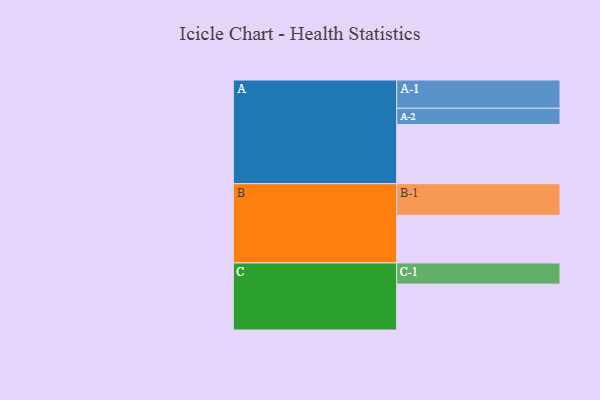
{"axis": {"x": "Segment", "y": "Value"}, "legend": ["", "A", "B", "C"], "data": [{"x": "A", "y": 543, "type": ""}, {"x": "B", "y": 437, "type": ""}, {"x": "C", "y": 421, "type": ""}, {"x": "A-1", "y": 259, "type": "A"}, {"x": "A-2", "y": 149, "type": "A"}, {"x": "B-1", "y": 290, "type": "B"}, {"x": "C-1", "y": 194, "type": "C"}]}